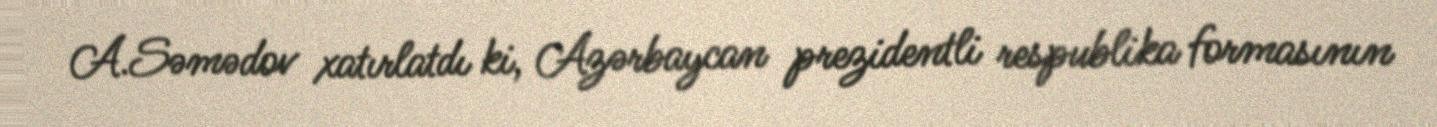
A.Səmədov xatırlatdı ki, Azərbaycan prezidentli respublika formasının